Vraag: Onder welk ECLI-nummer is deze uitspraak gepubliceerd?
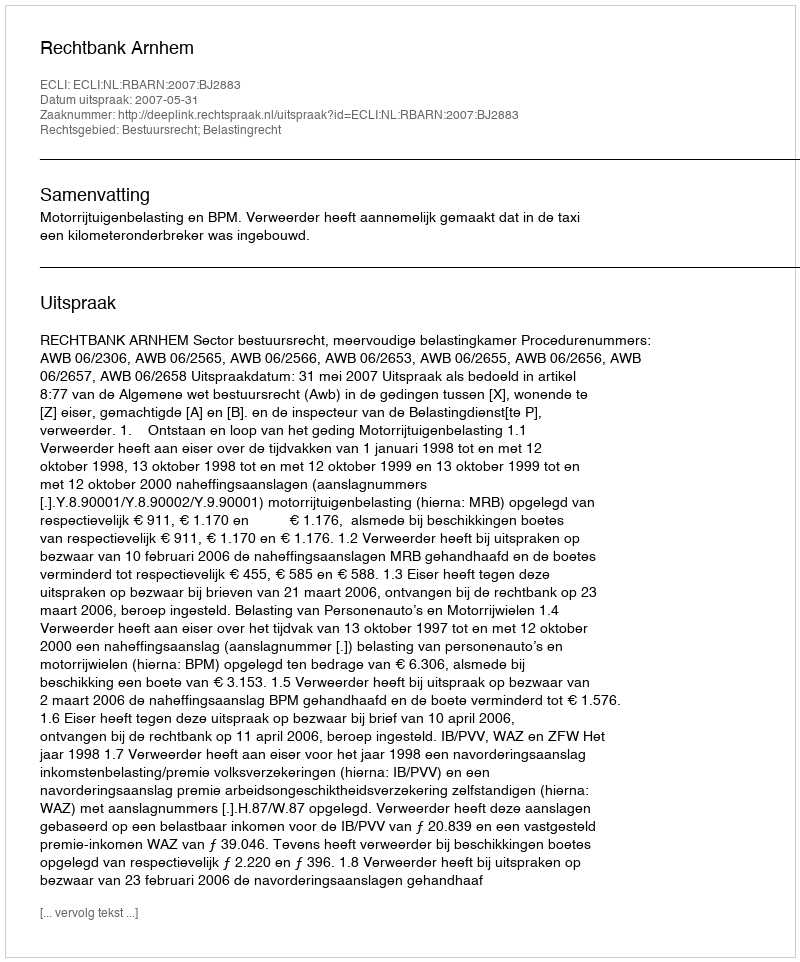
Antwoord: ECLI:NL:RBARN:2007:BJ2883